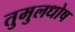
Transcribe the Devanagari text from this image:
तुमुलधोष